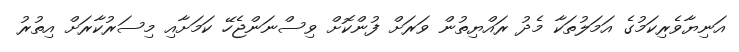
އަނިޔާވެރިކަމުގެ އަމަލުތަކާ މެދު ރައްޔިތުން ވަރަށް ފުންކޮށް ވިސްނަންޖެހޭ ކަަމަށާއި މިސަރުކާރަށް އިތުރު